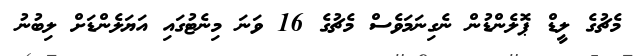
މެޗުގެ ލީޑް ޕޮލެންޑުން ނެގިނަމަވެސް މެޗުގެ 16 ވަނަ މިނެޓުގައި އަޔަލެންޑަށް ލިބުނު